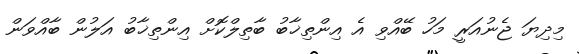
މިދިޔަ ޖެނުއަރީ މަހު ބޭއްވި އެ އިންތިޚާބު ބާތިލްކޮށް އިންތިޚާބު އަލުން ބާއްވަން